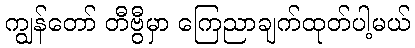
ကျွန်တော် တီဗွီမှာ ကြေညာချက်ထုတ်ပါ့မယ်